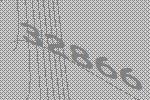
32866